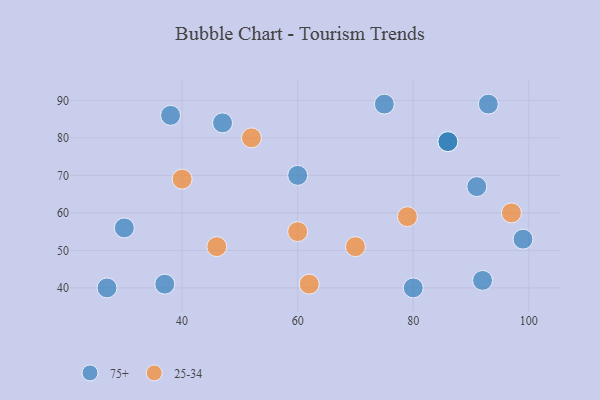
{"axis": {"x": "GDP", "y": "Life Expectancy"}, "legend": ["25-34", "75+"], "data": [{"x": "60", "y": 70, "type": "75+"}, {"x": "80", "y": 40, "type": "75+"}, {"x": "27", "y": 40, "type": "75+"}, {"x": "75", "y": 89, "type": "75+"}, {"x": "93", "y": 89, "type": "75+"}, {"x": "99", "y": 53, "type": "75+"}, {"x": "38", "y": 86, "type": "75+"}, {"x": "86", "y": 79, "type": "75+"}, {"x": "91", "y": 67, "type": "75+"}, {"x": "37", "y": 41, "type": "75+"}, {"x": "30", "y": 56, "type": "75+"}, {"x": "92", "y": 42, "type": "75+"}, {"x": "86", "y": 79, "type": "75+"}, {"x": "47", "y": 84, "type": "75+"}, {"x": "97", "y": 60, "type": "25-34"}, {"x": "62", "y": 41, "type": "25-34"}, {"x": "52", "y": 80, "type": "25-34"}, {"x": "60", "y": 55, "type": "25-34"}, {"x": "40", "y": 69, "type": "25-34"}, {"x": "46", "y": 51, "type": "25-34"}, {"x": "79", "y": 59, "type": "25-34"}, {"x": "70", "y": 51, "type": "25-34"}]}